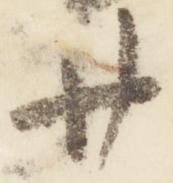
廿